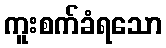
ကူးစက်ခံရသော